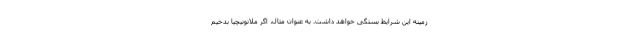
زمینه این شرایط بستگی خواهد داشت. به عنوان مثال، اگر ملانونیچیا بدخیم